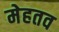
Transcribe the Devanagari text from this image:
मेहतव